Indian journal of veterinary science and animal husbandry - Volumes 22-23, 1952-1953
Year: 1952
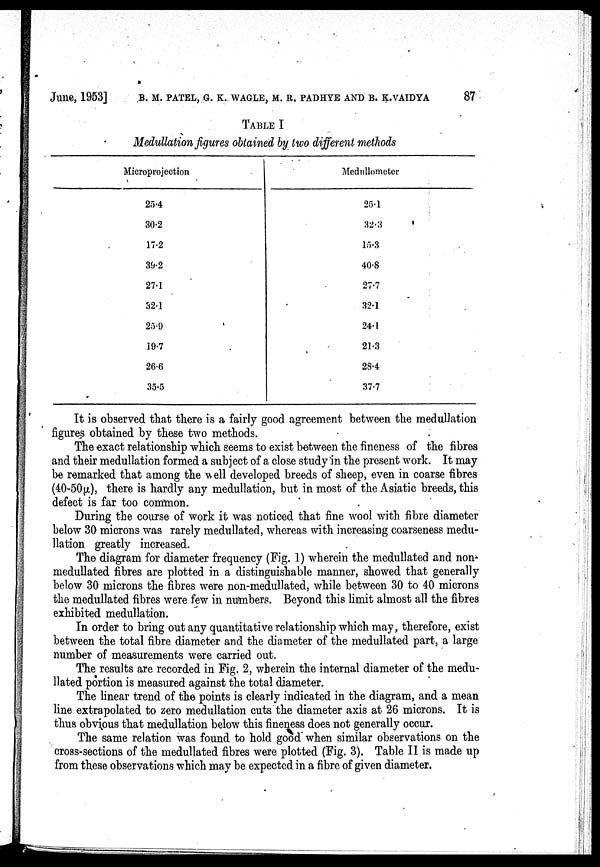
June, 1953] B. M. PATEL, G. K. WAGLE, M. R. PADHYE AND B. K. VAIDYA 87
TABLE I
Medullation figures obtained by two different methods
Microprojection
25.4
30.2
17.2
39.2
27.1
32.1
25.9
19.7
26.6
35.5
Medullometer
25.1
32.3
15.3
40.8
27.7
32.1
24.1
21.3
28.4
37.7
It is observed that there is a fairly good agreement between the medullation
figures obtained by these two methods.
The exact relationship which seems to exist between the fineness of the fibres
and their medullation formed a subject of a close study in the present work. It may
be remarked that among the well developed breeds of sheep, even in coarse fibres
(40-50µ), there is hardly any medullation, but in most of the Asiatic breeds, this
defect is far too common.
During the course of work it was noticed that fine wool with fibre diameter
below 30 microns was rarely medullated, whereas with increasing coarseness medu-
llation greatly increased.
The diagram for diameter frequency (Fig. 1) wherein the medullated and non
medullated fibres are plotted in a distinguishable manner, showed that generally
below 30 microns the fibres were non-medullated, while between 30 to 40 microns
the medullated fibres were few in numbers. Beyond this limit almost all the fibres
exhibited medullation.
In order to bring out any quantitative relationship which may, therefore, exist
between the total fibre diameter and the diameter of the medullated part, a large
number of measurements were carried out.
The results are recorded in Fig. 2, wherein the internal diameter of the medu-
llated portion is measured against the total diameter.
The linear trend of the points is clearly indicated in the diagram, and a mean
line extrapolated to zero medullation cuts the diameter axis at 26 microns. It is
thus obvious that medullation below this fineness does not generally occur.
The same relation was found to hold good when similar observations on the
cross-sections of the medullated fibres were plotted (Fig. 3). Table II is made up
from these observations which may be expected in a fibre of given diameter.